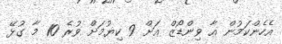
އެހެންކަމުން އާ ވިންޑޯޒް އަށް 9 ކިޔުމަށް ވުރެ 10 މާ ގުޅޭ